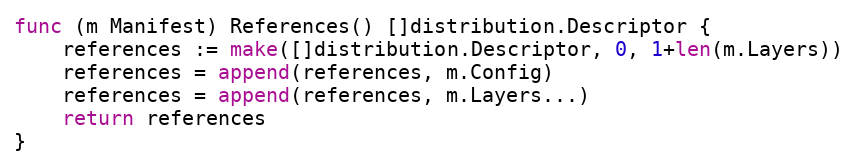
Language: Go
func (m Manifest) References() []distribution.Descriptor {
	references := make([]distribution.Descriptor, 0, 1+len(m.Layers))
	references = append(references, m.Config)
	references = append(references, m.Layers...)
	return references
}